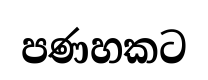
පණහකට